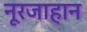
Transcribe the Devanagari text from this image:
नूरजाहान